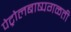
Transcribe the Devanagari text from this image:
पेट्रोलबाष्पगळती